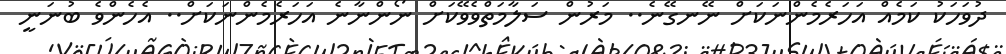
ދުވަހަކު ކަމެއް އަހަރެމެންނަކަށް ނޭނގޭނެ.. މަރުން ސަލާމަތްވެވޭކަށް ނޯންނާނެ އަހަރެމެންނަކަށް.. އެހެންވެ ބުނަނީ